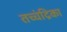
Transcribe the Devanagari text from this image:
तच्‍चंद्रिका